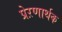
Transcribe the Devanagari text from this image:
प्रेऱणार्थक